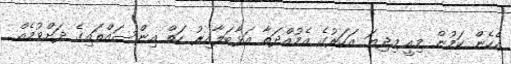
އެހެން ކަމުން މިއީ މިދިޔަ އަހަރުގެ އެމުއްދަތާ އަޅާބަލާއިރު ހަތް އިންސައްތައިގެ ދަށްވުމެއް